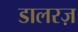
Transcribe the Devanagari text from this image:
डालरज़